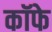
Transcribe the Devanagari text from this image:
कॉफे